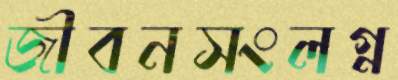
জীবনসংলগ্ন